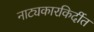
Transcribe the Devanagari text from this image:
नाट्यकारकिर्दीत